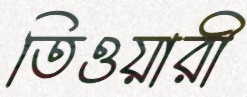
তিওয়ারী